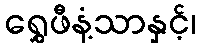
ရွှေဖီနံ့သာနှင့်၊